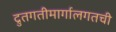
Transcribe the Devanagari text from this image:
द्रुतगतीमार्गालगतची